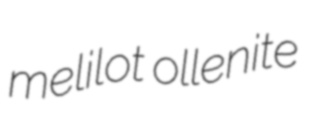
melilot ollenite